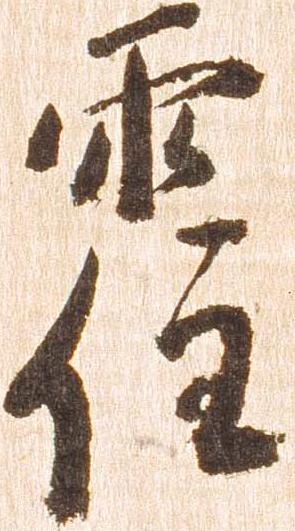
霍